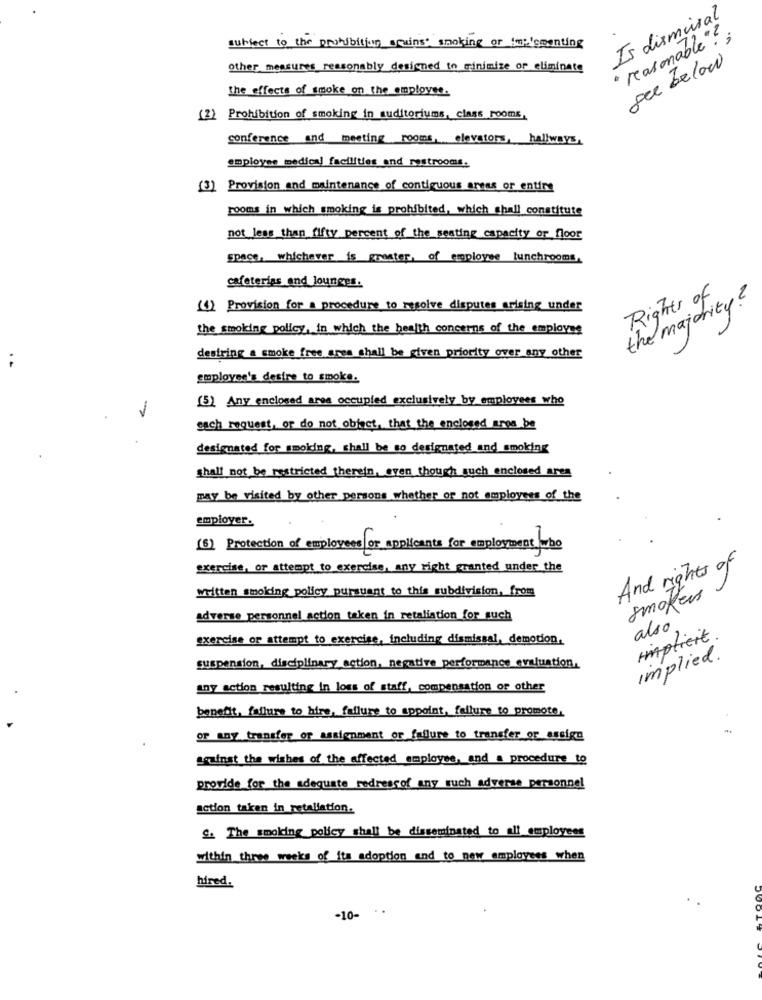
Is dismissal
subject to the prohibition grains smoking or joe'smenting
" reasonable"! ;
see below
other measures reasonably designed to minimize or eliminate
the effects of smoke on the employee.
(2) Prohibition of smoking in auditoriums, class rooms,
conference and meeting rooms, elevators, hallways,
employee medical facilities and restrooms.
(3) Provision and maintenance of contiguous areas or entire
rooms in which smoking is prohibited, which shall constitute
not less than fifty percent of the seating capacity or floor
Space. whichever is greater, of employee lunchrooms,
cafeterias and lounges.
Rights of
the majority?
(4) Provision for a procedure to resolve disputes arising under
the smoking policy, in which the health concerns of the employee
destring a smoke free area shall be given priority over any other
employee's desire to smoke.
(5) Any enclosed area occupied exclusively by employees who
sach request, or do not object, that the enclosed aros be
designated for smoking, shall be so designated and smoking
shall not be restricted therein, even though such enclosed ares
may be visited by other persons whether or not employees of the
employer.
(6) Protection of employees or applicants for employment who
exercise, or attempt to exercise, any right granted under the
And rights of
written smoking policy pursuant to this subdivision, from
smokers
adverse personnel action taken in retaliation for such
also
exercise or attempt to exercise, including dismissal, demotion.
implicit
implied.
suspension, disciplinary action, negative performance evaluation,
any action resulting in loss of staff, compensation or other
benefit, failure to hire, failure to appoint, failure to promote,
or any transfer or assignment or failure to transfer or assign
seuinst the wishes of the affected employee, and a procedure to
provide for the adequate redressof any such adverse personnel
action taken in retaliation.
S. The smolding policy shall be disseminated to all employees
within three weeks of its adoption and to new employees when
hired.
-10-